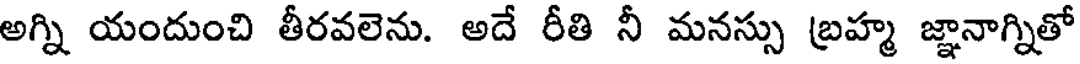
అగ్ని యందుంచి తీరవలెను. అదే రీతి నీ మనస్సు బ్రహ్మ జ్ఞానాగ్నితో